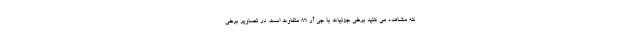
که مشاهده می کنید برخی جزئیات با جی آر 86 متفاوت است. در تصاویر برخی